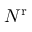
N ^ { \mathrm { r } }